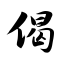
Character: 偈